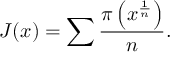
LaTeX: J ( x ) = \sum { \frac { \pi \left( x ^ { \frac { 1 } { n } } \right) } { n } } .